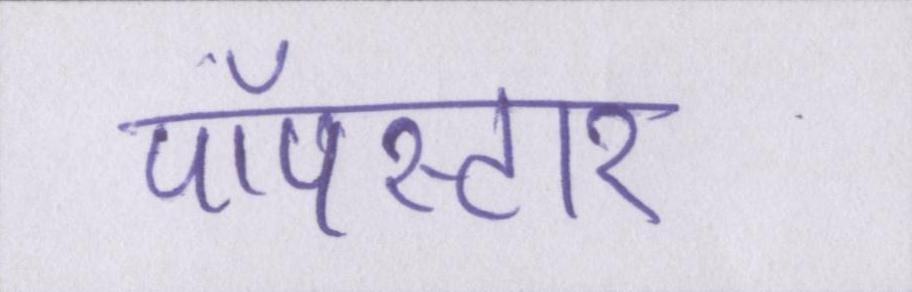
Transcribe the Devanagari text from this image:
पॉपस्टार